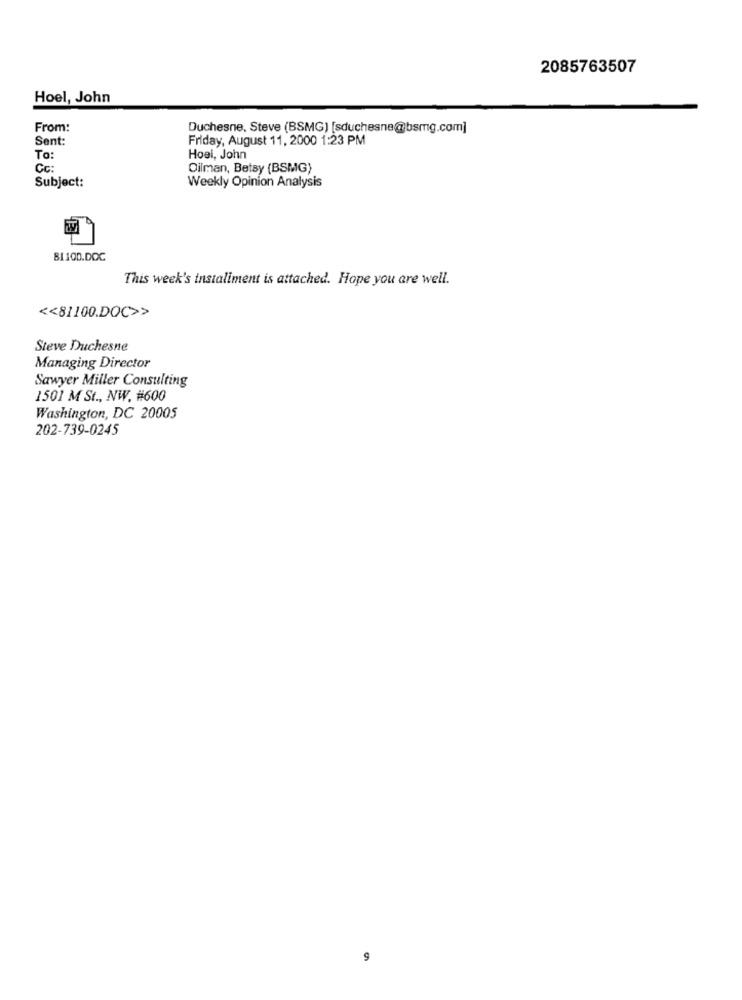
2085763507
Hoel, John
From:
Duchesne, Steve (BSMG) [sduchesne@bsmg.com]
Sent:
Friday, August 11, 2000 1:23 PM
To:
Hoei, John
Cc:
Oilman, Betsy (BSMG)
Subject:
Weekly Opinion Analysis
81100.DOC
This week's installment is attached. Hope you are well.
<< 81100.DOC>>
Steve Duchesne
Managing Director
Sawyer Miller Consulting
1501 M St ., NW. #600
Washington, DC 20005
202-739-0245